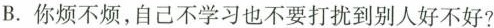
B.你烦不烦，自己不学习也不要打扰到别人好不好?